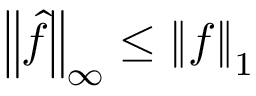
\left\| { \hat { f } } \right\| _ { \infty } \leq \left\| f \right\| _ { 1 }